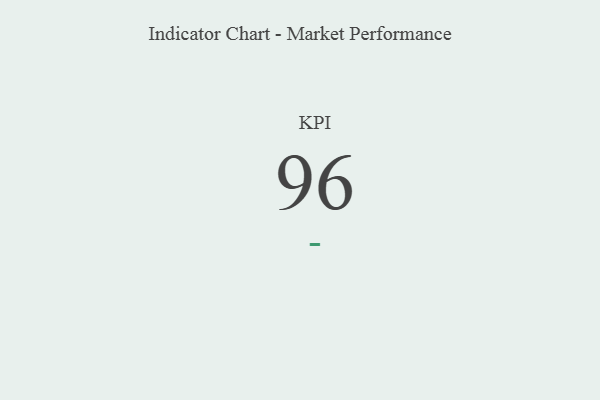
{"axis": {"x": "KPI", "y": "Value"}, "legend": [""], "data": [{"x": "KPI", "y": 96, "type": ""}]}